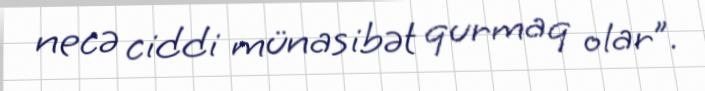
necə ciddi münasibət qurmaq olar”.